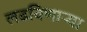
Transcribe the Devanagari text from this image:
लढविणाऱ्या